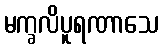
မက္ခလိပူရဏာသေ